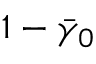
1 - \bar { \gamma } _ { 0 }